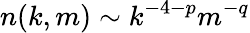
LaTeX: n(k,m)\sim k^{-4-p}m^{-q}